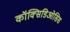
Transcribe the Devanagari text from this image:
कॉक्सिडिओसिस